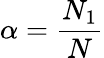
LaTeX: \alpha=\frac{N_{1}}{N}